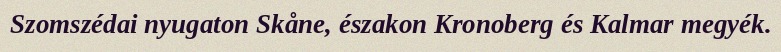
Szomszédai nyugaton Skåne, északon Kronoberg és Kalmar megyék.